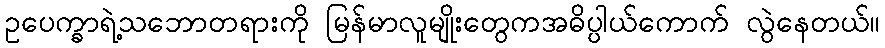
ဥပေက္ခာရဲ့သဘောတရားကို မြန်မာလူမျိုးတွေကအဓိပ္ပါယ်ကောက် လွဲနေတယ်။